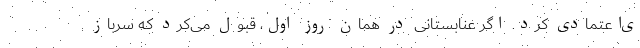
ی‌اعتمادی کرد. اگر عنابستانی در همان روز اول، قبول می‌کرد که سرباز